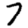
Digit: 7